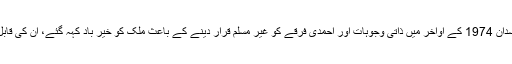
مگر بد قسمتی سے ہمارے یہ بے انتہا با صلاحیت سائنسدان 1974 کے اواخر میں ذاتی وجوہات اور احمدی فرقے کو غیر مسلم قرار دینے کے باعث ملک کو خیر باد کہہ گئے، ان کی قابل قدر خدمات پر انھیں اعلیٰ سول اعزازات سے نوازا گیا۔